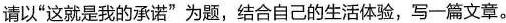
请以”这就是我的承诺”为题，结合自己的生活体验，写一篇文章。